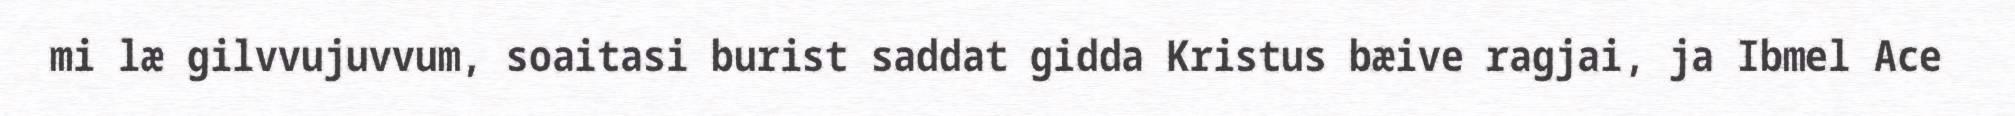
mi læ gilvvujuvvum, soaitasi burist saddat gidda Kristus bæive ragjai, ja Ibmel Ace